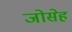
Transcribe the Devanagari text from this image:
जोसेह